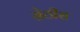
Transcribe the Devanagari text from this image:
सेठीस